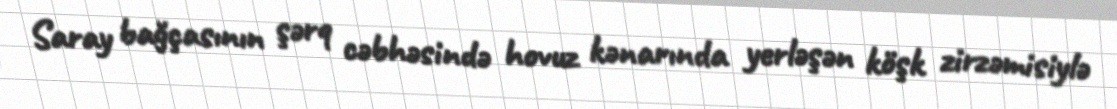
Saray bağçasının şərq cəbhəsində hovuz kənarında yerləşən köşk zirzəmisiylə